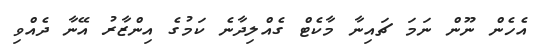
އެހެން ނޫން ނަމަ ޗައިނާ މާކެޓް ގެއްލިދާނެ ކަމުގެ އިންޒާރު އޭނާ ދެއްވި